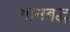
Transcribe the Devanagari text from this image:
गानबद्ध